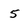
Character: 5